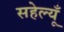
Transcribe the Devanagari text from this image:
सहेल्यूँ